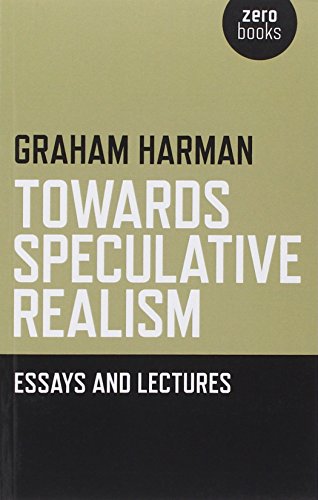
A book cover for Towards Speculative Realism: Essays and Lectures; Graham Harman; Politics & Social Sciences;